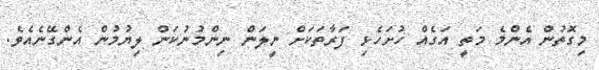
މިގޮތުން އެންމެ މަތީ އަގެއް ހުށަހެޅި ފަރާތަކަށް ނީލަން ނިންމުނުކަން ލިޔުމުން އެންގޭނެއެވެ.